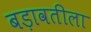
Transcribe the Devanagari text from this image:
बड़ावतीला